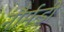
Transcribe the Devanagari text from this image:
नौर्मन्डी